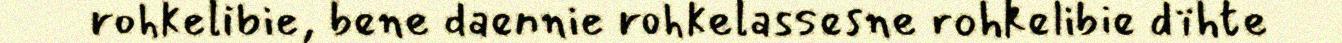
rohkelibie, bene daennie rohkelassesne rohkelibie dïhte